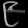
Digit: ၉